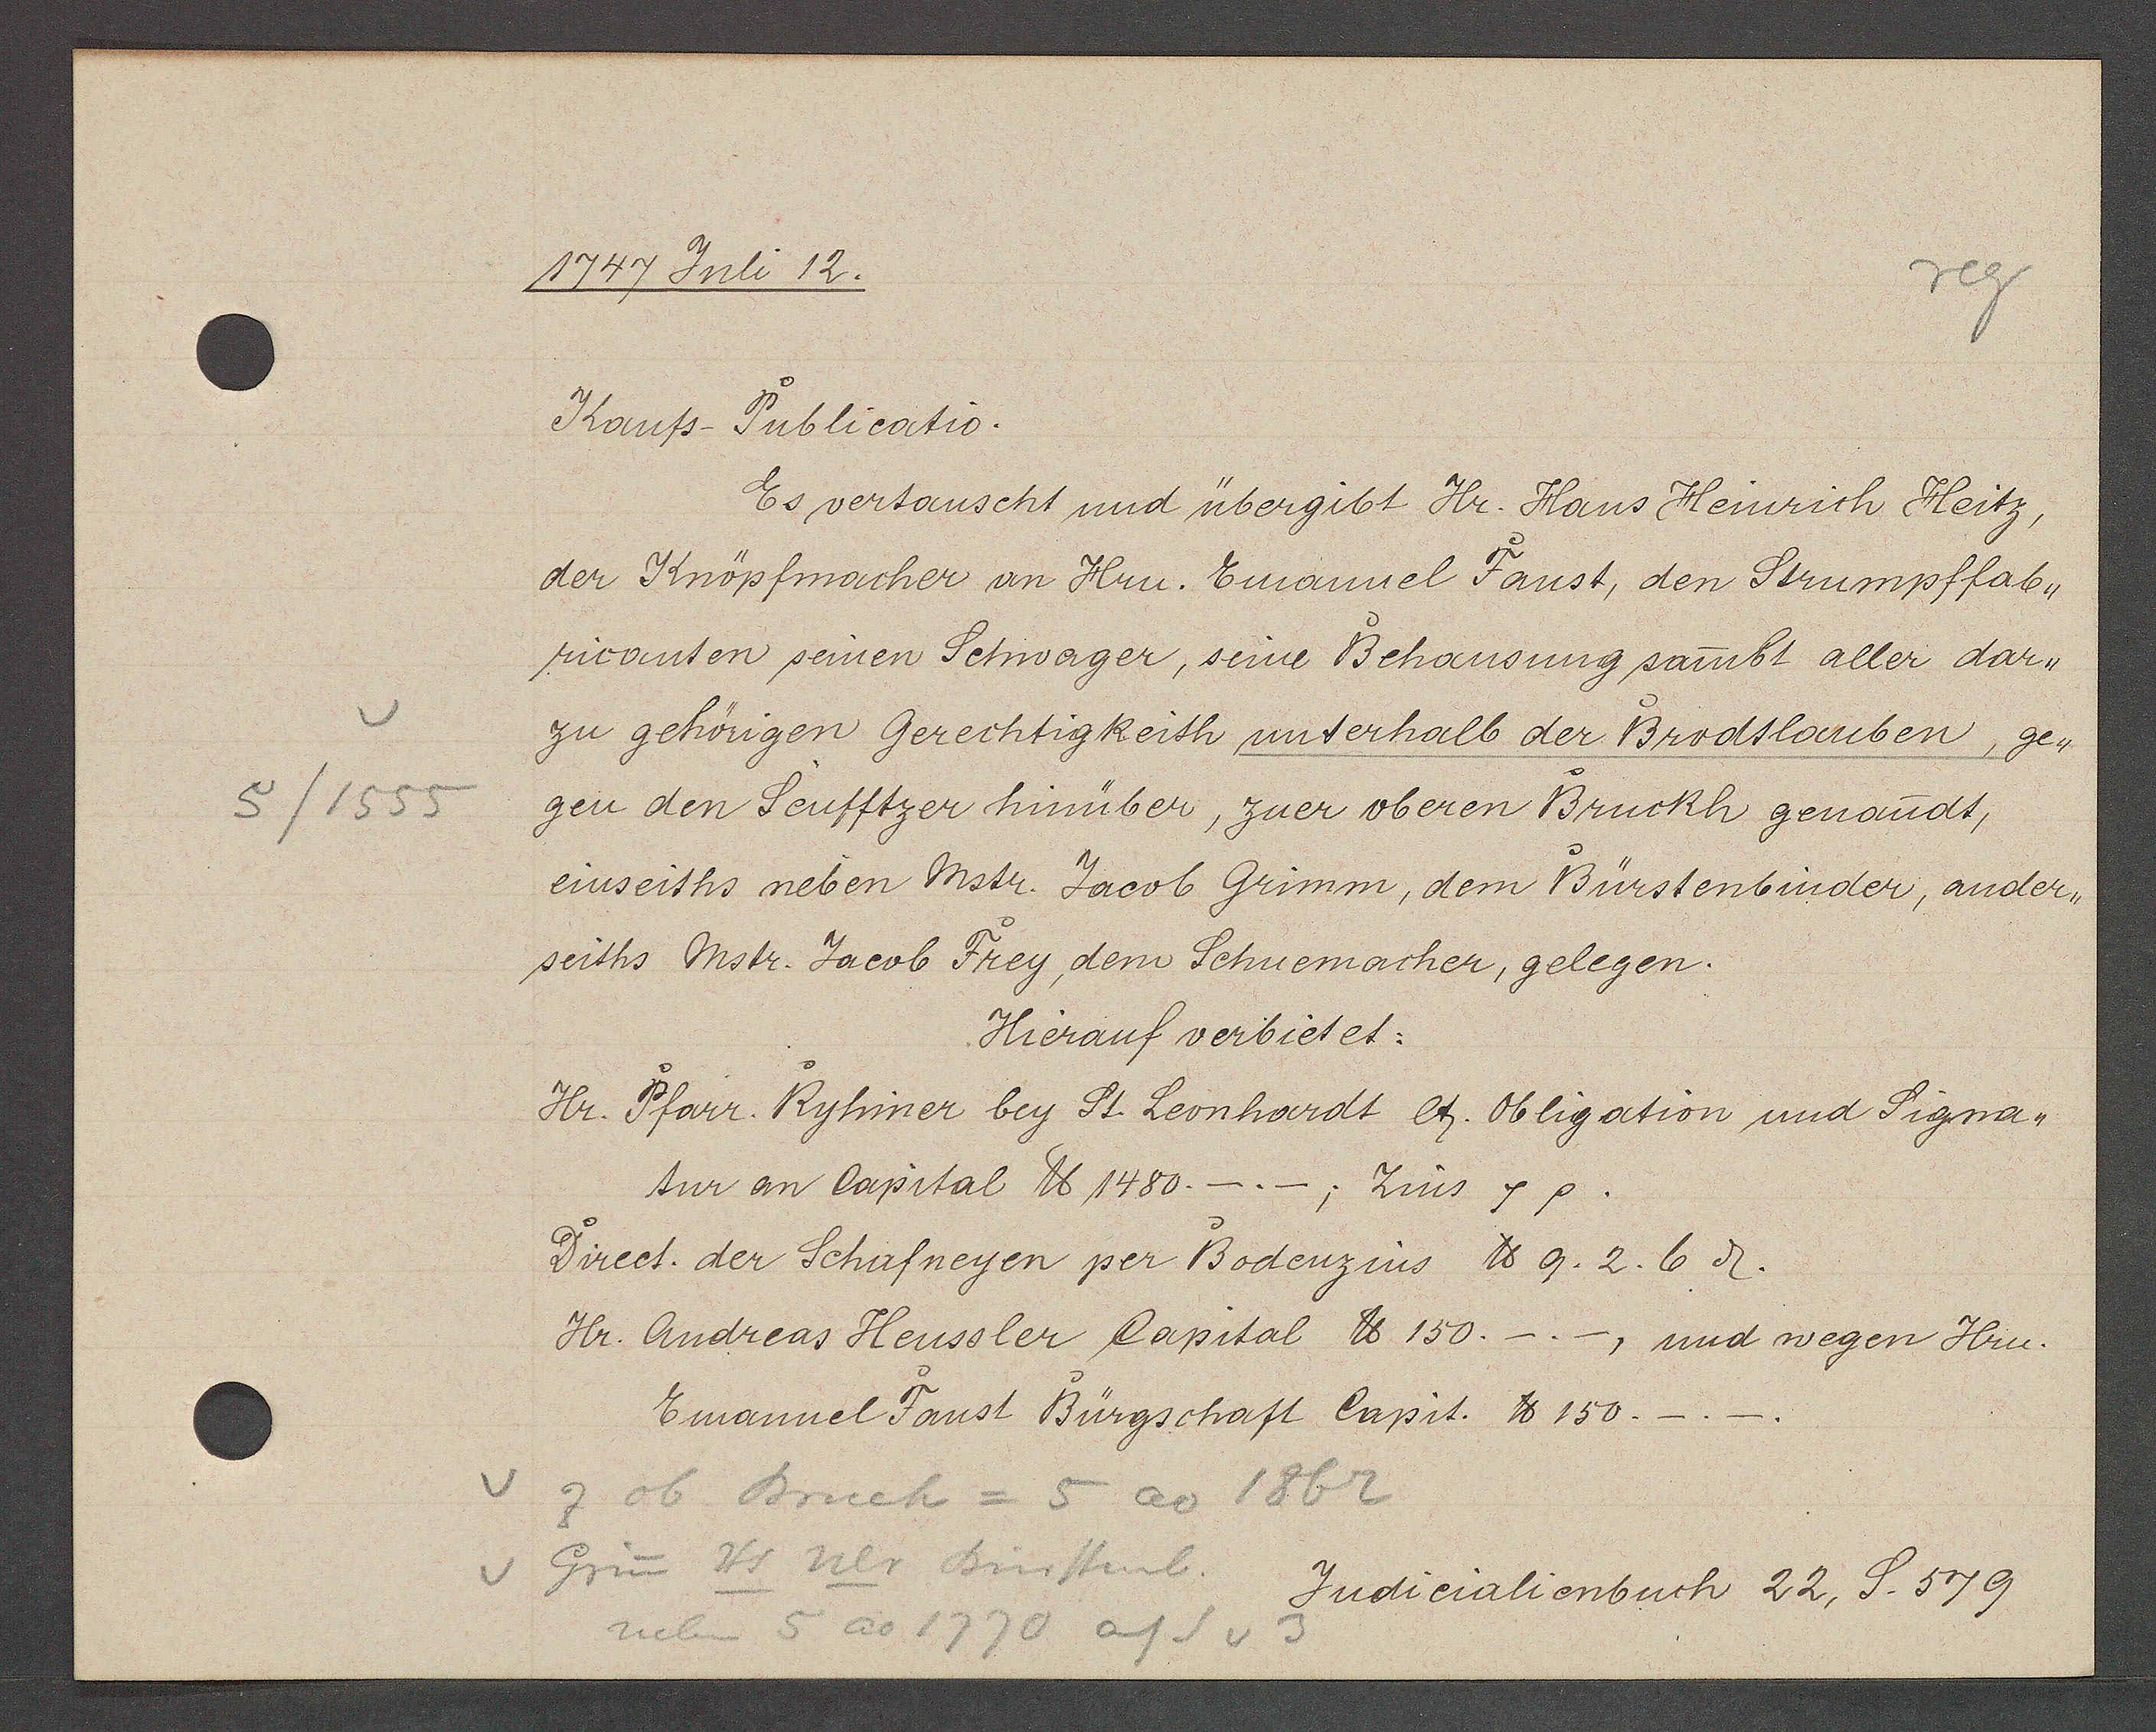
Transcript:
5/1555

1747 Juli 12.

Kaufs-Publicatio.
Es vertauscht und übergibt Hr. Hans Heinrich Heitz,
der Knöpfmacher an Hrn. Emanuel Faust, den Strumpffab¬
ricanten seinen Schwager, seine Behausung sambt aller dar¬
zu gehörigen Gerechtigkeith unterhalb der Brodtlauben, ge¬
gen den Seufftzer hinüber, zuer oberen Bruckh genandt,
einseiths neben Mstr. Jacob Grimm, dem Bürstenbinder, ander¬
seiths Mstr. Jacob Frey, dem Schuemacher, gelegen.
Hierauf verbietet:
Hr. Pfarr. Ryhiner bey St. Leonhardt lt. Obligation und Signa-
tur an Capital ℔ 1480.-.- Zins s. p.
Direct. der Schafneyen per Bodenzins ℔ 9. 2. 6ȡ.
Hr. Andreas Heussler Capital ℔ 150.-.-, und wegen Hrn.
Emanuel Faust Bürgschaft Capit. ℔ 150.

z ob Bruck = 5 ao 1862
Grün Hs Ulr Binttenb.
neben 5 ao 1770 auf S v 3

Judicialienbuch 22, S. 579